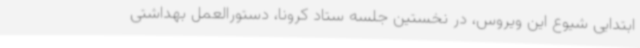
ابتدایی شیوع این ویروس، در نخستین جلسه ستاد کرونا، دستورالعمل بهداشتی